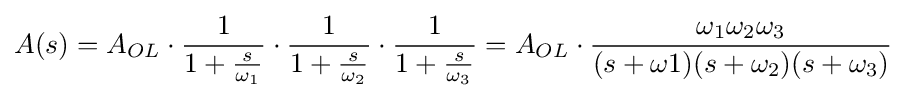
A(s)=A_{OL}\cdot {\frac {1}{1+{\frac {s}{\omega _{1}}}}}\cdot {\frac {1}{1+{\frac {s}{\omega _{2}}}}}\cdot {\frac {1}{1+{\frac {s}{\omega _{3}}}}}=A_{OL}\cdot {\frac {\omega _{1}\omega _{2}\omega _{3}}{(s+\omega 1)(s+\omega _{2})(s+\omega _{3})}}